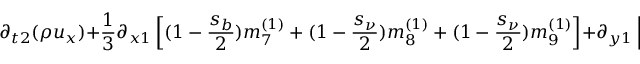
{ \partial _ { t 2 } } ( \rho { u _ { x } } ) + \frac { 1 } { 3 } { \partial _ { x 1 } } \left[ { ( 1 - \frac { { { s _ { b } } } } { 2 } ) m _ { 7 } ^ { ( 1 ) } + ( 1 - \frac { { { s _ { \nu } } } } { 2 } ) m _ { 8 } ^ { ( 1 ) } + ( 1 - \frac { { { s _ { \nu } } } } { 2 } ) m _ { 9 } ^ { ( 1 ) } } \right] + { \partial _ { y 1 } } \left[ { ( 1 - \frac { { { s _ { \nu } } } } { 2 } ) m _ { 4 } ^ { ( 1 ) } } \right] + { \partial _ { z 1 } } \left[ { ( 1 - \frac { { { s _ { \nu } } } } { 2 } ) m _ { 5 } ^ { ( 1 ) } } \right] = 0 ,